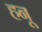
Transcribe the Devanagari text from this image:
हनू